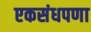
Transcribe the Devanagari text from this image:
एकसंधपणा